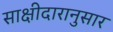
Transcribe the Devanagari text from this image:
साक्षीदारानुसार